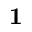
{ \bf 1 }